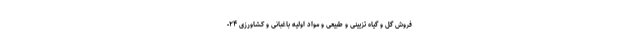
فروش گل و گیاه تزیینی و طبیعی و مواد اولیه باغبانی و کشاورزی ۲۴-